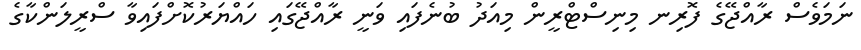
ނަމަވެސް ރާއްޖޭގެ ފޮރިނ މިނިސްޓްރީން މިއަދު ބުނެފައި ވަނީ ރާއްޖޭގައި ހައްޔަރުކޮށްފައިވާ ސްރީލަންކާގެ